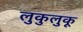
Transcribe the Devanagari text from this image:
लुकुलुकू